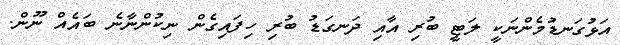
އަޅުގަނޑުމެންނަކީ ލަޓީ ބުރި އާއި ދަނގަޑު ބުރި ހިފައިގެން ނިކުންނާނެ ބައެއް ނޫން.